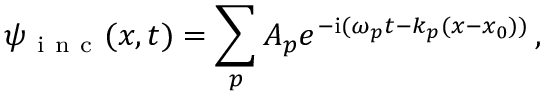
\psi _ { \mathrm { ~ i ~ n ~ c ~ } } ( x , t ) = \sum _ { p } A _ { p } e ^ { - \mathrm { i } ( \omega _ { p } t - k _ { p } ( x - x _ { 0 } ) ) } \, ,